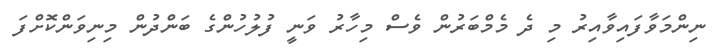
ނިންމަވާފައިވާއިރު މި ދެ މެމްބަރުން ވެސް މިހާރު ވަނީ ފުލުހުންގެ ބަންދުން މިނިވަންކޮށްފަ